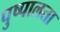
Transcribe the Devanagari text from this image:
पुष्पालता